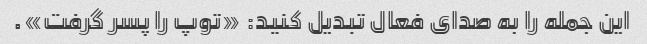
این جمله را به صدای فعال تبدیل کنید: «توپ را پسر گرفت».